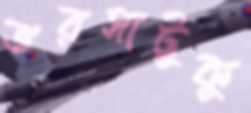
ভরসাটুকু